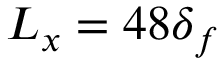
L _ { x } = 4 8 \delta _ { f }